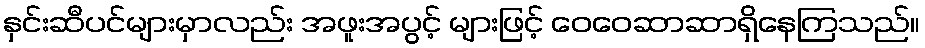
နှင်းဆီပင်များမှာလည်း အဖူးအပွင့် များဖြင့် ဝေဝေဆာဆာရှိနေကြသည်။